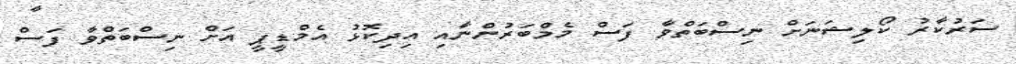
ސަރުކާރު ކޯލިޝަނަށް ނިސްބަތްވާ ފަސް މެމްބަރުންނާއި އިދިކޮޅު އެމްޑީޕީ އަށް ނިސްބަތްވާ ފަސް